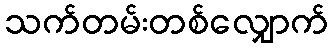
သက်တမ်းတစ်လျှောက်